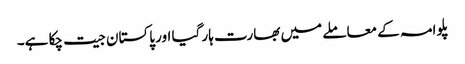
پلوامہ کے معاملے میں بھارت ہار گیا اور پاکستان جیت چکا ہے۔